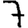
Digit: 7